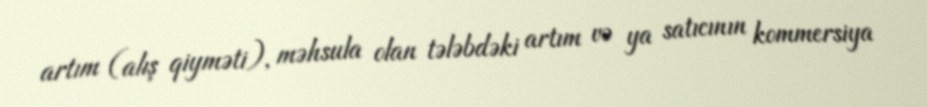
artım (alış qiyməti), məhsula olan tələbdəki artım və ya satıcının kommersiya